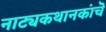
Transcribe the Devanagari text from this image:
नाट्यकथानकांचॆ